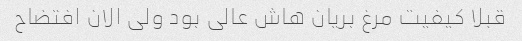
قبلا کیفیت مرغ بریان هاش عالی بود ولی الان افتضاح